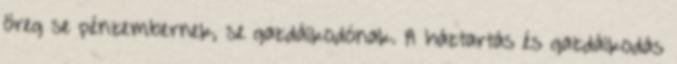
öreg se pénzembernek, se gazdálkodónak. A háztartás és gazdálkodás